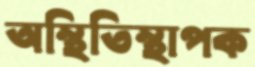
অস্থিতিস্থাপক